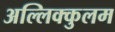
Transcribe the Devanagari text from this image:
अल्लिक्कुलम